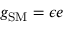
g _ { \mathrm { S M } } = \epsilon e